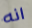
انه